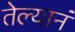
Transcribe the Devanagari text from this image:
तेल्यानं